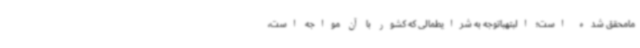
مامحقق شده است؛ البتهباتوجه به شرایطمالی که کشور با آن مواجه است،